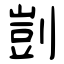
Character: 剴